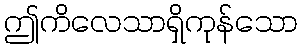
ဤကိလေသာရှိကုန်သော